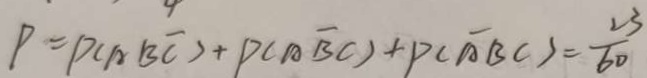
P = P ( A B \overline { C } ) + P ( A \overline { B } C ) + P ( \overline { A } B C ) = \frac { 2 3 } { 6 0 }